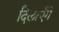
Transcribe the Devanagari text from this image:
दिलाएँगे